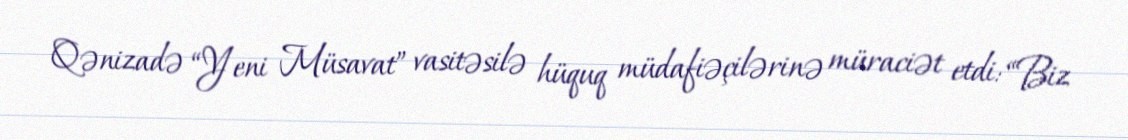
Qənizadə “Yeni Müsavat” vasitəsilə hüquq müdafiəçilərinə müraciət etdi: “Biz